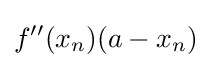
f''(x_{n})(a-x_{n})